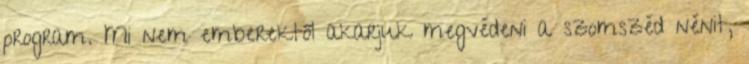
program. Mi nem emberektől akarjuk megvédeni a szomszéd nénit,